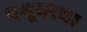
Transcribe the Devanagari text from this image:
प्रभूवरचा